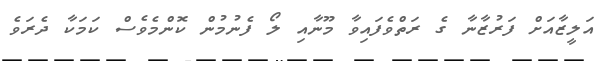
އަލީޒާއަށް ފަރުޒާނާ ގެ ރަތްވެފައިވާ މޫނާއި ލޯ ފެނުމުން ކޮންމެވެސް ކަމަކާ ދެރަވެ